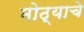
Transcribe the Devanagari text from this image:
मोठ्याचे